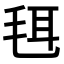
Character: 𣭞